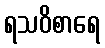
ရသဝိစာရေ